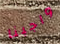
واجبنا